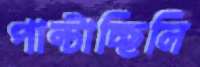
পাল্‌টাচ্ছিলি